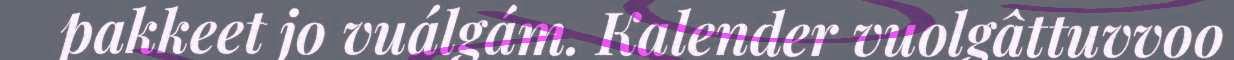
pakkeet jo vuálgám. Kalender vuolgâttuvvoo